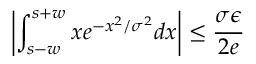
\left| \displaystyle \int _ { s - w } ^ { s + w } x e ^ { - x ^ { 2 } / \sigma ^ { 2 } } d x \right| \le \frac { \sigma \epsilon } { 2 e }